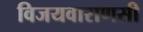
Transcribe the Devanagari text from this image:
विजयवाराणसी